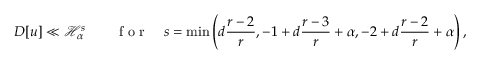
D [ u ] \ll \mathcal { H } _ { \alpha } ^ { s } \qquad \mathrm { ~ f ~ o ~ r ~ } \quad s = \operatorname* { m i n } \left( d \frac { r - 2 } { r } , - 1 + d \frac { r - 3 } { r } + \alpha , - 2 + d \frac { r - 2 } { r } + \alpha \right) ,